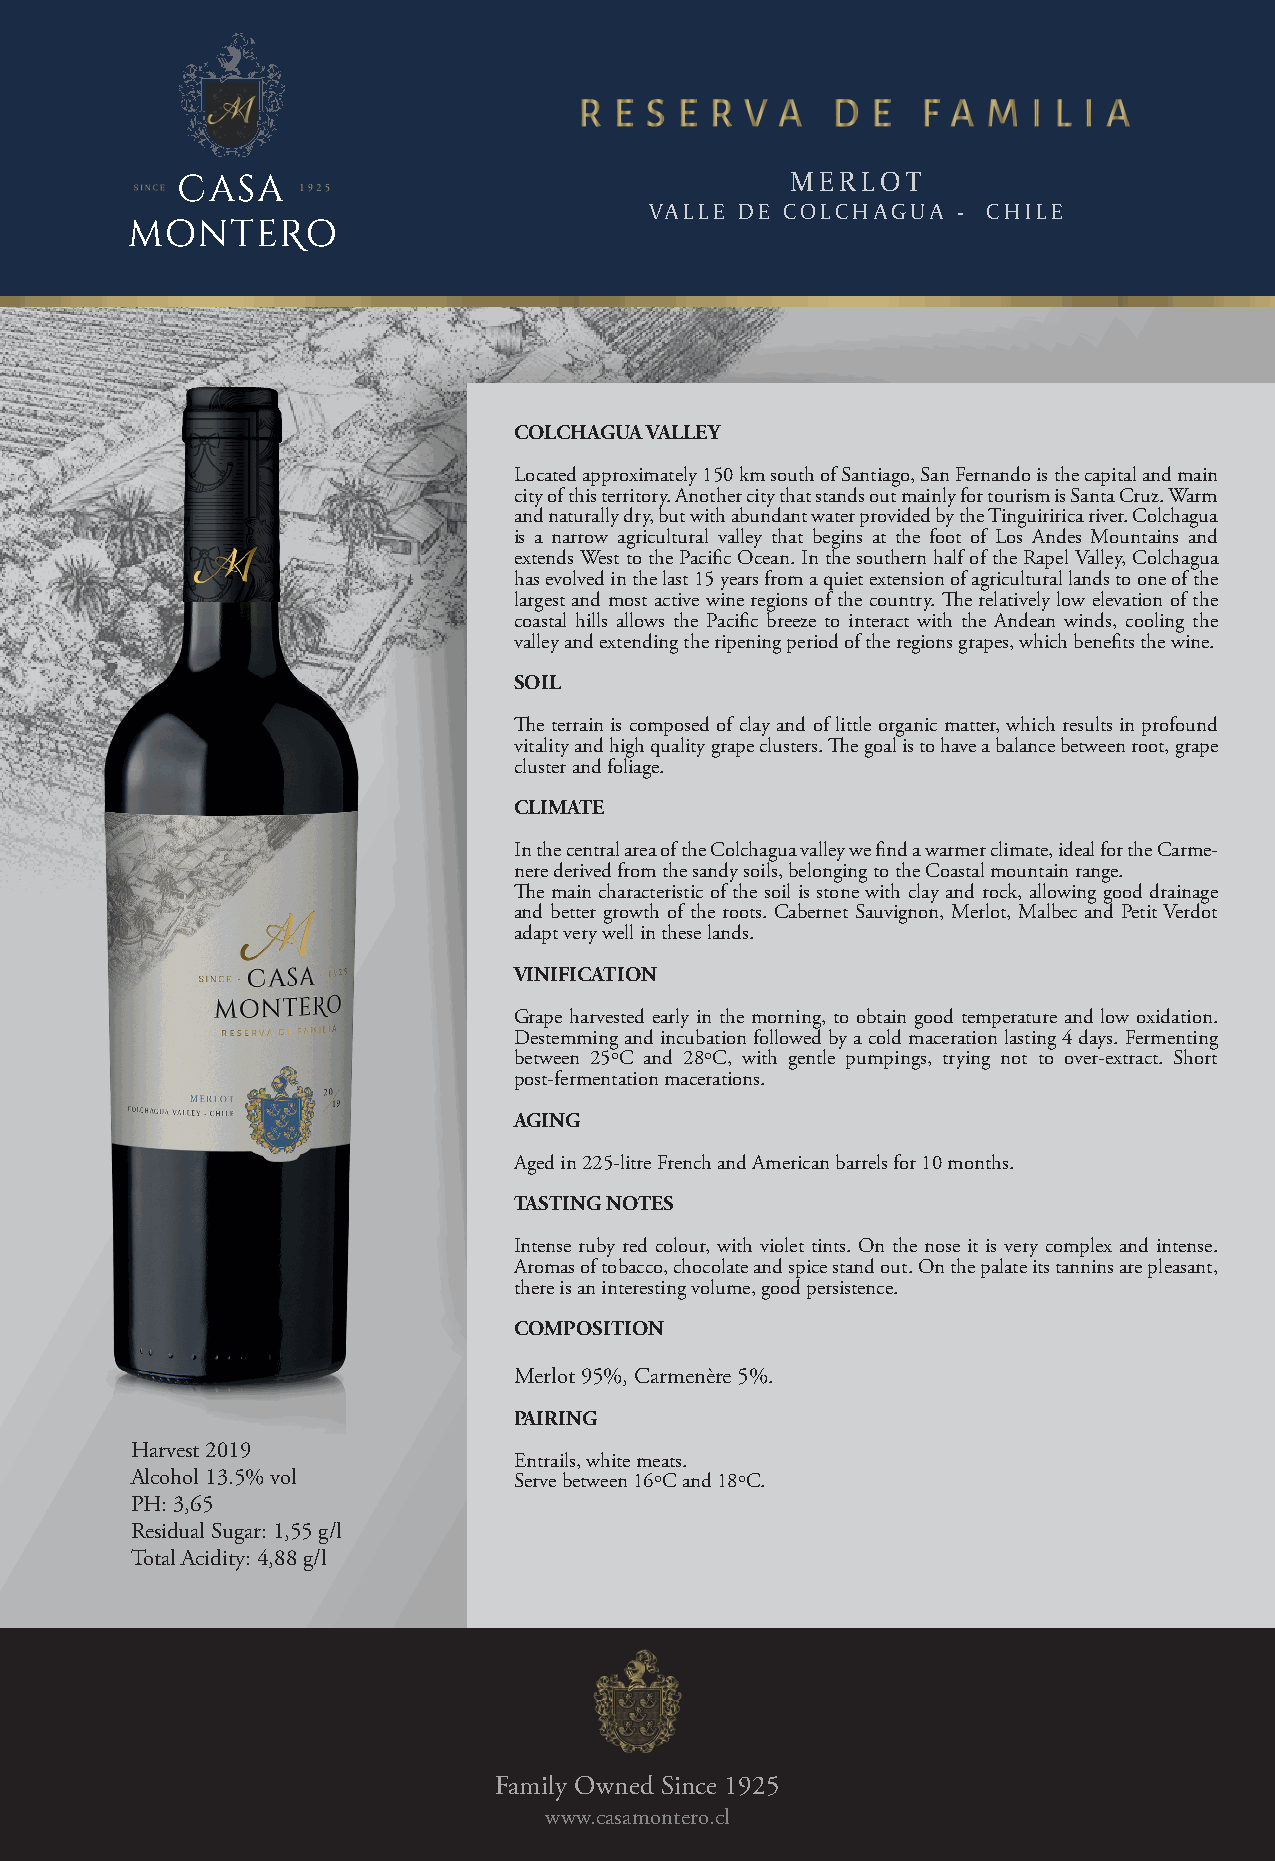
MERLOT
 VALLE DE COLCHAGUA  - CHILE
 COLCHAGUA VALLEY
 Located approximately 150 km south of Santiago, San Fernando is the capital and main
 city of this territory. Another city that stands out mainly for tourism is Santa Cruz. Warm
 and naturally dry, but with abundant water provided by the Tinguiririca river. Colchagua
 is a narrow agricultural valley that begins at the foot of Los Andes Mountains and
 extends West to the Pacific Ocean. In the southern half of the Rapel Valley, Colchagua
 has evolved in the last 15 years from a quiet extension of agricultural lands to one of the
 largest and most active wine regions of the country. The relatively low elevation of the
 coastal hills allows the Pacific breeze to interact with the Andean winds, cooling the
 valley and extending the ripening period of the regions grapes, which benefits the wine.
 SOIL
 The terrain is composed of clay and of little organic matter, which results in profound
 vitality and high quality grape clusters. The goal is to have a balance between root, grape
 cluster and foliage.
 CLIMATE
 In the central area of the Colchagua valley we find a warmer climate, ideal for the Carme-
 nere derived from the sandy soils, belonging to the Coastal mountain range.
 The main characteristic of the soil is stone with clay and rock, allowing good drainage
 and better growth of the roots. Cabernet Sauvignon, Merlot, Malbec and Petit Verdot
 adapt very well in these lands.
 VINIFICATION
 Grape harvested early in the morning, to obtain good temperature and low oxidation.
 Destemming and incubation followed by a cold maceration lasting 4 days. Fermenting
 between 25ºC and 28ºC, with gentle pumpings, trying not to over-extract. Short
 post-fermentation macerations.
 AGING
 Aged in 225-litre French and American barrels for 10 months.
 TASTING NOTES
 Intense ruby red colour, with violet tints. On the nose it is very complex and intense.
 Aromas of tobacco, chocolate and spice stand out. On the palate its tannins are pleasant,
 there is an interesting volume, good persistence.
 COMPOSITION
 Merlot 95%, Carmenère 5%.
 PAIRING
 Harvest 2019
 Entrails, white meats.
 Alcohol 13.5% vol        Serve between 16ºC and 18ºC.
 PH: 3,65
 Residual Sugar: 1,55 g/l
 Total Acidity: 4,88 g/l
 Family Owned Since 1925
 www.casamontero.cl